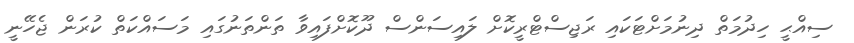
ސިއްޙީ ހިދުމަތް ދިނުމަށްޓަކައި ރަޖިސްޓްރީކޮށް ލައިސަންސް ދޫކޮށްފައިވާ ތަންތަނުގައި މަސައްކަތް ކުރަން ޖެހޭނީ